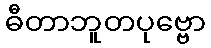
ဓီတာဘူတပုဗ္ဗော